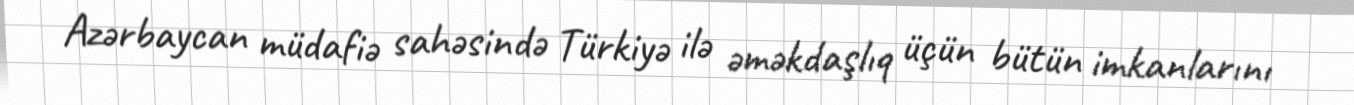
Azərbaycan müdafiə sahəsində Türkiyə ilə əməkdaşlıq üçün bütün imkanlarını